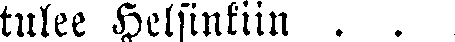
tulee Helsinkiin . . .